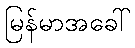
မြန်မာအခေါ်